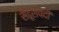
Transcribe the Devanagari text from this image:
सेंढूरापंदी